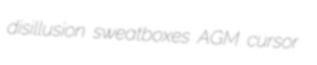
disillusion sweatboxes AGM cursor